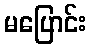
မပြောင်း